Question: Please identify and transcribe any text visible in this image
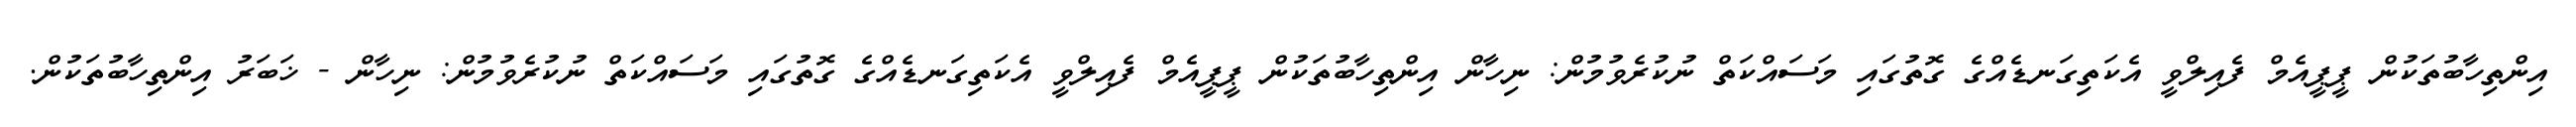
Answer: އިންތިހާބުތަކުން ޕީޕީއެމް ފެއިލްވީ އެކަތިގަނޑެއްގެ ގޮތުގައި މަސައްކަތް ނުކުރެވުމުން: ނިހާން އިންތިހާބުތަކުން ޕީޕީއެމް ފެއިލްވީ އެކަތިގަނޑެއްގެ ގޮތުގައި މަސައްކަތް ނުކުރެވުމުން: ނިހާން - ޚަބަރު އިންތިހާބުތަކުން.